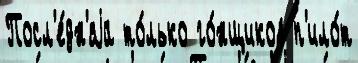
Посл'е́дн'яjа то́лько го́нщиков п'ило́т